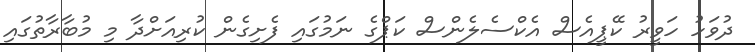
ދުވަހު ހަވީރު ކޭޕީއެސް އެކްސެލެންސް ކަޕްގެ ނަމުގައި ފެށިގެން ކުރިއަށްދާ މި މުބާރާތުގައި